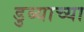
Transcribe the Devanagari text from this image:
डुब्याच्या